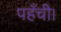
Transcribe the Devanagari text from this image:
पहँची।